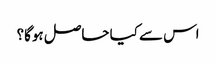
اس سے کیا حاصل ہوگا؟